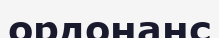
ордонанс